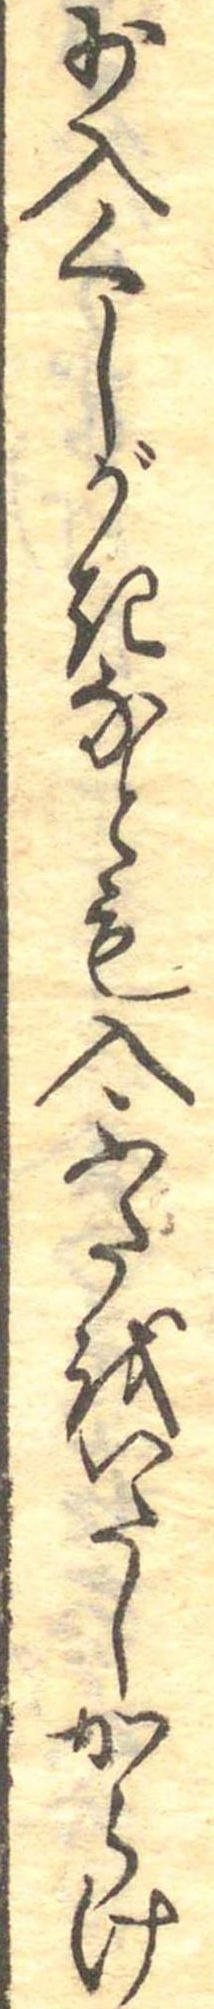
少入くしがきなとも入ふたをいたしからけ